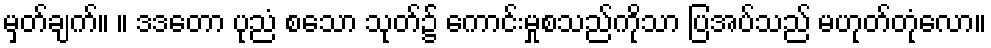
မှတ်ချက်။ ။ ဒဒတော ပုညံ စသော သုတ်၌ ကောင်းမှုစသည်ကိုသာ ပြအပ်သည် မဟုတ်တုံလော။